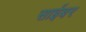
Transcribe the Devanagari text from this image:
साईबर